Problem: 1 + 1 = ?
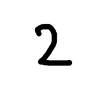
Handwritten answer: 2